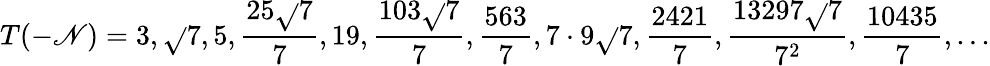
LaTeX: T(-\mathscr{N})=3,{\sqrt{}{{7}}},5,{\frac{{25{\sqrt{}{{7}}}}}{{7}}},19,{\frac{{103{\sqrt{}{{7}}}}}{{7}}},{\frac{{563}}{{7}}},7\cdot9{\sqrt{}{{7}}},{\frac{{2421}}{{7}}},{\frac{{13297{\sqrt{}{{7}}}}}{{7^{2}}}},{\frac{{10435}}{{7}}},...